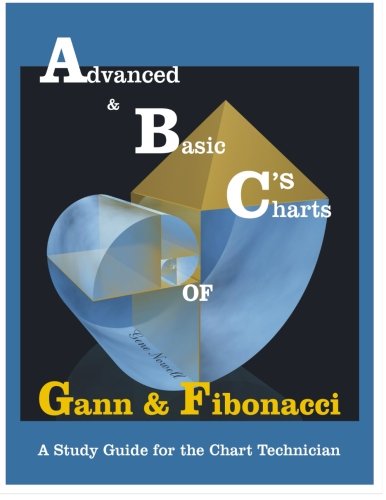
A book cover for ABC's of Gann & Fibonacci: Advanced & Basic Charts; Mr. Gene Nowell; Business & Money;